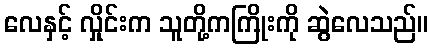
လေနှင့် လှိုင်းက သူတို့ကကြိုးကို ဆွဲလေသည်။